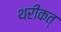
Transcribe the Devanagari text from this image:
थरीकत्